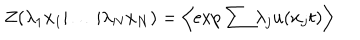
Z ( \lambda _ { 1 } x _ { 1 } | \ldots | \lambda _ { N } x _ { N } ) = \left\langle \exp { \sum { \lambda _ { j } u ( x _ { j } t ) } } \right\rangle